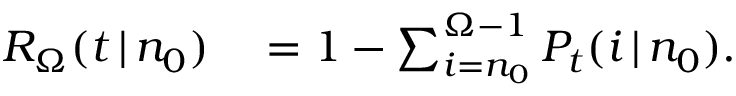
\begin{array} { r l } { R _ { \Omega } ( t \, | \, n _ { 0 } ) } & { { } = 1 - \sum _ { i = n _ { 0 } } ^ { \Omega - 1 } P _ { t } ( i \, | \, n _ { 0 } ) . } \end{array}